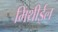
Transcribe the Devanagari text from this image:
मिथीईल